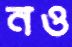
নও